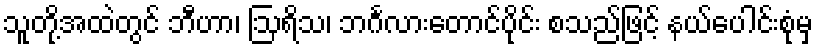
သူတို့အထဲတွင် ဘီဟာ၊ ဩရိသ၊ ဘင်္ဂလားတောင်ပိုင်း စသည်ဖြင့် နယ်ပေါင်းစုံမှ